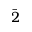
\Bar { 2 }